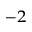
^ { - 2 }